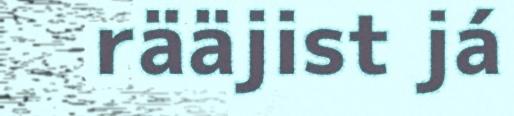
rääjist já